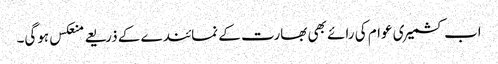
اب کشمیری عوام کی رائے بھی بھارت کے نمائندے کے ذریعے منعکس ہوگی۔